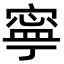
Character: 寧